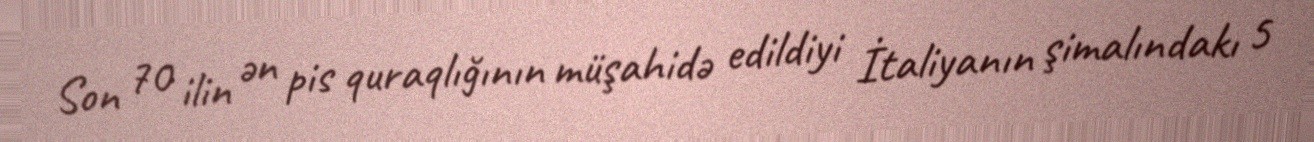
Son 70 ilin ən pis quraqlığının müşahidə edildiyi İtaliyanın şimalındakı 5